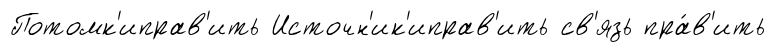
Потомк'иправ'ить Источн'ик'иправ'ить св'язь пра́в'ить